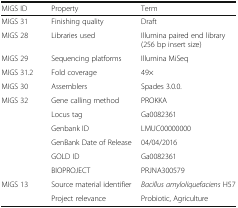
| MIGS ID | Property | Term |
 | --- | --- | --- |
 | MIGS 31 | Finishing quality | Draft |
 | MIGS 28 | Libraries used | Illumina paired end library (256 bp insert size) |
 | MIGS 29 | Sequencing platforms | Illumina MiSeq |
 | MIGS 31.2 | Fold coverage | 49× |
 | MIGS 30 | Assemblers | Spades 3.0.0. |
 | MIGS 32 | Gene calling method | PROKKA |
 |  | Locus tag | Ga0082361 |
 |  | Genbank ID | LMUC00000000 |
 |  | GenBank Date of Release | 04/04/2016 |
 |  | GOLD ID | Ga0082361 |
 |  | BIOPROJECT | PRJNA300579 |
 | MIGS 13 | Source material identifier | Bacillus amyloliquefaciens H57 |
 |  | Project relevance | Probiotic, Agriculture |